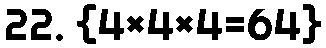
22. {4×4×4=64}